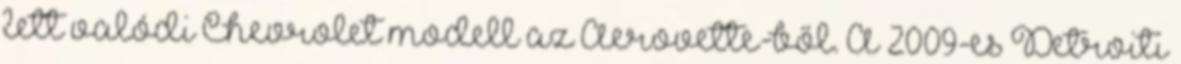
lett valódi Chevrolet modell az Aerovette-ből. A 2009-es Detroiti